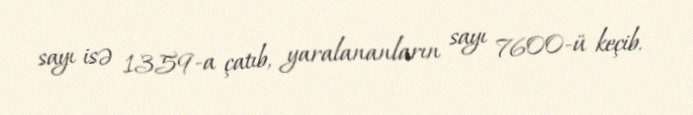
sayı isə 1359-a çatıb, yaralananların sayı 7600-ü keçib.